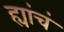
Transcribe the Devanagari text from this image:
ह्यांचं